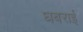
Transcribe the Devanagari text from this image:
घबराईं